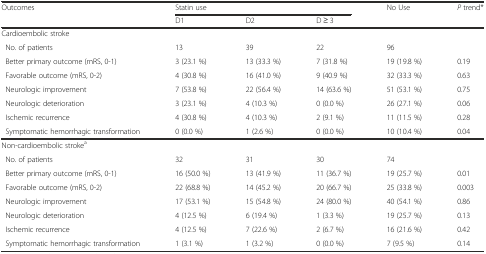
<table><thead><tr><td rowspan="2"><b>Outcomes</b></td><td colspan="3"><b>Statin use</b></td><td rowspan="2"><b>No Use</b></td><td rowspan="2"><b><i>P</i> trend*</b></td></tr><tr><td><b>D1</b></td><td><b>D2</b></td><td><b>D ≥ 3</b></td></tr></thead><tbody><tr><td>Cardioembolic stroke</td><td></td><td></td><td></td><td></td><td></td></tr><tr><td> No. of patients</td><td>13</td><td>39</td><td>22</td><td>96</td><td></td></tr><tr><td> Better primary outcome (mRS, 0-1)</td><td>3 (23.1 %)</td><td>13 (33.3 %)</td><td>7 (31.8 %)</td><td>19 (19.8 %)</td><td>0.19</td></tr><tr><td> Favorable outcome (mRS, 0-2)</td><td>4 (30.8 %)</td><td>16 (41.0 %)</td><td>9 (40.9 %)</td><td>32 (33.3 %)</td><td>0.63</td></tr><tr><td> Neurologic improvement</td><td>7 (53.8 %)</td><td>22 (56.4 %)</td><td>14 (63.6 %)</td><td>51 (53.1 %)</td><td>0.75</td></tr><tr><td> Neurologic deterioration</td><td>3 (23.1 %)</td><td>4 (10.3 %)</td><td>0 (0.0 %)</td><td>26 (27.1 %)</td><td>0.06</td></tr><tr><td> Ischemic recurrence</td><td>4 (30.8 %)</td><td>4 (10.3 %)</td><td>2 (9.1 %)</td><td>11 (11.5 %)</td><td>0.28</td></tr><tr><td> Symptomatic hemorrhagic transformation</td><td>0 (0.0 %)</td><td>1 (2.6 %)</td><td>0 (0.0 %)</td><td>10 (10.4 %)</td><td>0.04</td></tr><tr><td>Non-cardioembolic stroke<sup>a</sup></td><td></td><td></td><td></td><td></td><td></td></tr><tr><td> No. of patients</td><td>32</td><td>31</td><td>30</td><td>74</td><td></td></tr><tr><td> Better primary outcome (mRS, 0-1)</td><td>16 (50.0 %)</td><td>13 (41.9 %)</td><td>11 (36.7 %)</td><td>19 (25.7 %)</td><td>0.01</td></tr><tr><td> Favorable outcome (mRS, 0-2)</td><td>22 (68.8 %)</td><td>14 (45.2 %)</td><td>20 (66.7 %)</td><td>25 (33.8 %)</td><td>0.003</td></tr><tr><td> Neurologic improvement</td><td>17 (53.1 %)</td><td>15 (54.8 %)</td><td>24 (80.0 %)</td><td>40 (54.1 %)</td><td>0.86</td></tr><tr><td> Neurologic deterioration</td><td>4 (12.5 %)</td><td>6 (19.4 %)</td><td>1 (3.3 %)</td><td>19 (25.7 %)</td><td>0.13</td></tr><tr><td> Ischemic recurrence</td><td>4 (12.5 %)</td><td>7 (22.6 %)</td><td>2 (6.7 %)</td><td>16 (21.6 %)</td><td>0.42</td></tr><tr><td> Symptomatic hemorrhagic transformation</td><td>1 (3.1 %)</td><td>1 (3.2 %)</td><td>0 (0.0 %)</td><td>7 (9.5 %)</td><td>0.14</td></tr></tbody></table>